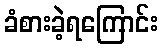
ခံစားခဲ့ရကြောင်း